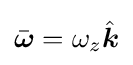
{\bar {\boldsymbol {\omega }}}=\omega _{z}{\hat {\boldsymbol {k}}}